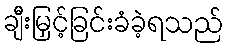
ချီးမြှင့်ခြင်းခံခဲ့ရသည်